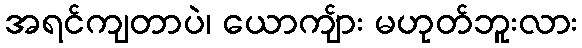
အရင်ကျတာပဲ၊ ယောကျ်ား မဟုတ်ဘူးလား